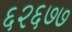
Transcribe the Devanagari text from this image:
६२६७७